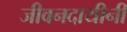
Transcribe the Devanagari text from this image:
जीवनदायीनी